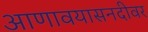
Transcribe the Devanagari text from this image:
आणावयासनदीवर